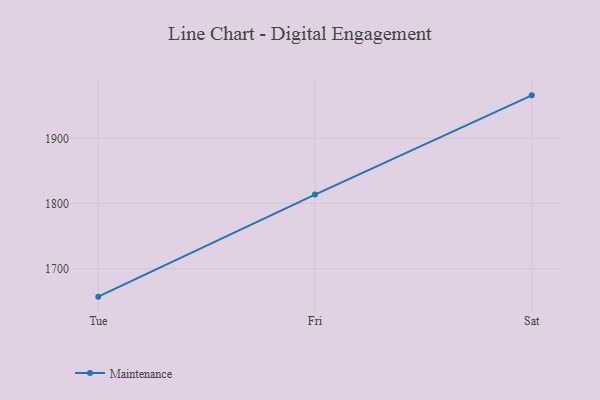
{"axis": {"x": "Day", "y": "Website Visitors"}, "legend": ["Maintenance"], "data": [{"x": "Tue", "y": 1657.1, "type": "Maintenance"}, {"x": "Fri", "y": 1813.8, "type": "Maintenance"}, {"x": "Sat", "y": 1966.0, "type": "Maintenance"}]}